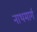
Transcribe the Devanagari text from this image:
नाथमार्ग